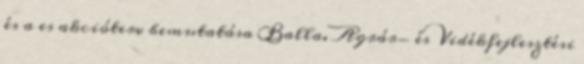
és a es akcióterv bemutatása Balla. Agrár- és Vidékfejlesztési